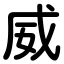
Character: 威